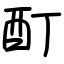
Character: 酊